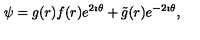
\psi = g ( r ) f ( r ) e ^ { 2 \imath \theta } + \tilde { g } ( r ) e ^ { - 2 \imath \theta } ,